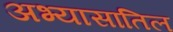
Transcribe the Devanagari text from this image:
अभ्यासातिल